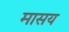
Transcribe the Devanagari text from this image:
मासय